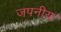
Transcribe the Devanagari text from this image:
जपनीयः